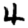
Digit: 4